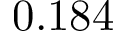
0 . 1 8 4